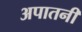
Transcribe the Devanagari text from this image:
अपातनी